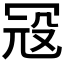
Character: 𱏽